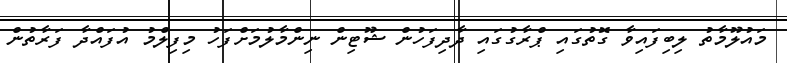
މައުލޫމާތު ލިބިފައިވާ ގޮތުގައި ޕްރާގުގައި ދާދިފަހުން ޝޫޓިން ނިންމާލުމަށްފަހު މިފިލްމު އުފައްދާ ފަރާތުން